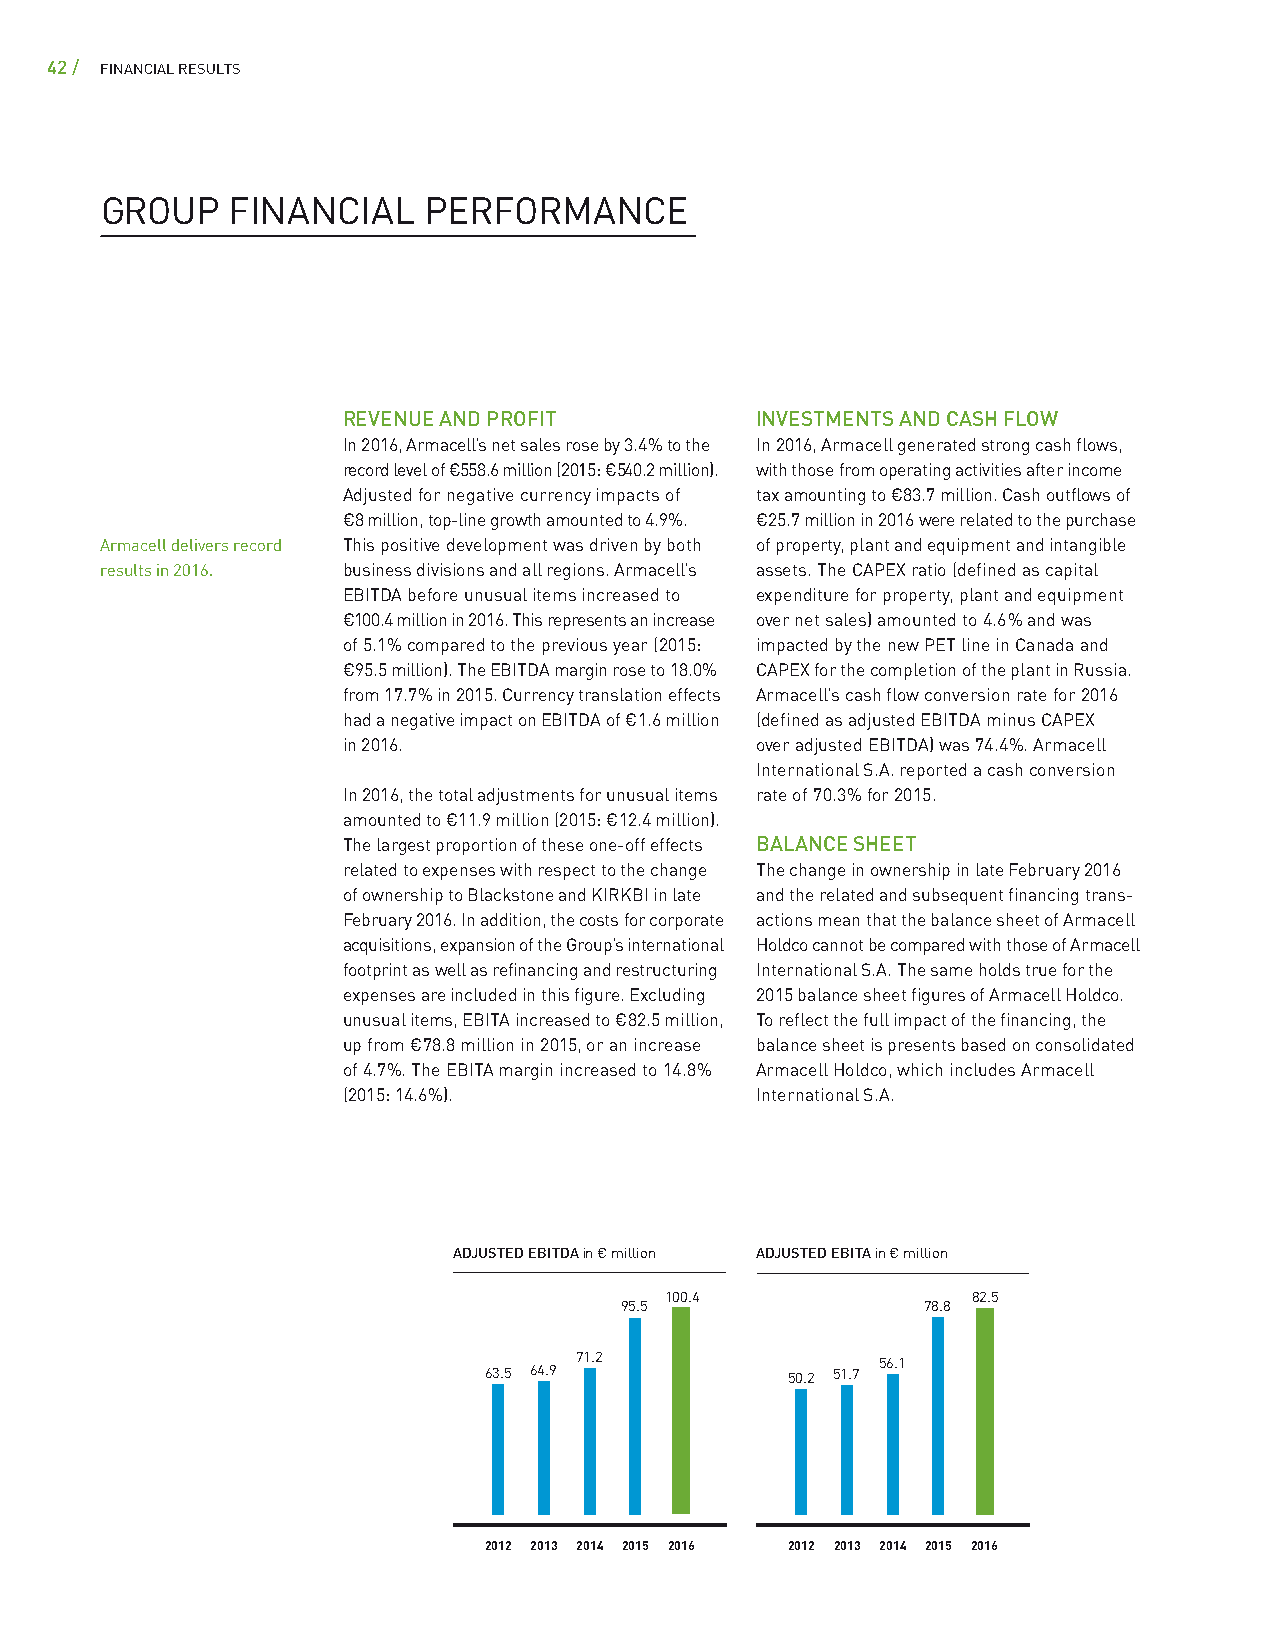
42 / FINANCIAL RESULTS
 GROUP   FINANCIAL    PERFORMANCE
 REVENUE AND PROFIT         INVESTMENTS AND CASH FLOW
 In 2016, Armacell’s net sales rose by 3.4 % to the In 2016, Armacell generated strong cash flows,
 record level of € 558.6 million (2015: € 540.2 million). with those from operating activities after income
 Adjusted for negative currency impacts of tax amounting to € 83.7 million. Cash outflows of
 € 8 million, top-line growth amounted to 4.9 %. € 25.7 million in 2016 were related to the purchase
 Armacell delivers record This positive development was driven by both of property, plant and equipment and intangible
 results in 2016. business divisions and all regions. Armacell’s assets. The CAPEX ratio (defined as capital
 EBITDA before unusual items increased to expenditure for property, plant and equipment
 € 100.4 million in 2016. This represents an increase over net sales) amounted to 4.6 % and was
 of 5.1 % compared to the previous year (2015: impacted by the new PET line in Canada and
 € 95.5 million). The EBITDA margin rose to 18.0 % CAPEX for the completion of the plant in Russia.
 from 17.7 % in 2015. Currency translation effects Armacell’s cash flow conversion rate for 2016
 had a negative impact on EBITDA of € 1.6 million (defined as adjusted EBITDA minus CAPEX
 in 2016.                   over adjusted EBITDA) was 74.4 %. Armacell
 International S.A. reported a cash conversion
 In 2016, the total adjustments for unusual items rate of 70.3 % for 2015.
 amounted to € 11.9 million (2015: € 12.4 million).
 The largest proportion of these one-off effects BALANCE SHEET
 related to expenses with respect to the change The change in ownership in late February 2016
 of ownership to Blackstone and KIRKBI in late and the related and subsequent financing trans-
 February 2016. In addition, the costs for corporate actions mean that the balance sheet of Armacell
 acquisitions, expansion of the Group’s international Holdco cannot be compared with those of Armacell
 footprint as well as refinancing and restructuring International S.A. The same holds true for the
 expenses are included in this figure. Excluding 2015 balance sheet figures of Armacell Holdco.
 unusual items, EBITA increased to € 82.5 million, To reflect the full impact of the financing, the
 up from € 78.8 million in 2015, or an increase balance sheet is presents based on consolidated
 of 4.7 %. The EBITA margin increased to 14.8 % Armacell Holdco, which includes Armacell
 (2015: 14.6 %).            International S.A.
 ADJUSTED EBITDA in € million ADJUSTED EBITA in € million
 100.4               82.5
 95.5                78.8
 71.2                56.1
 63.5 64.9           50.2 51.7
 2012 2013 2014 2015 2016 2012 2013 2014 2015 2016